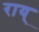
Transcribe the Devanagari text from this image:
राय्